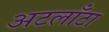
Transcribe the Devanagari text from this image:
अटलाँटा